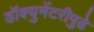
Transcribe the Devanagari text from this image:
डॉक्युमेंटरीपुढे